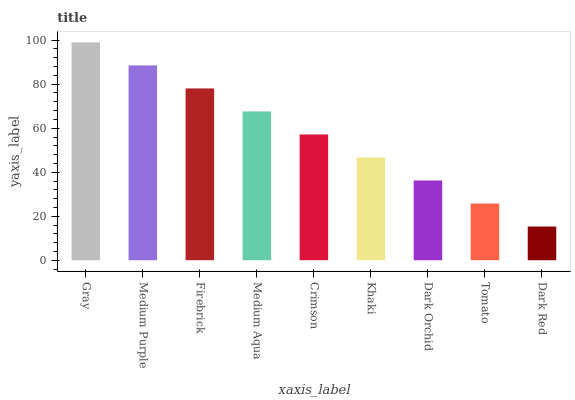
| xaxis_label | bars |
 | --- | --- |
 | Gray | 99 |
 | Medium Purple | 88.5 |
 | Firebrick | 78.1 |
 | Medium Aqua | 67.6 |
 | Crimson | 57.2 |
 | Khaki | 46.7 |
 | Dark Orchid | 36.2 |
 | Tomato | 25.8 |
 | Dark Red | 15.3 |